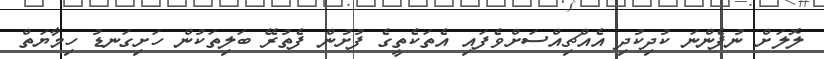
ލޮލަށް ނުފެންނަ ކުދިކުދި އެއްޗިއްސަށްވެފައި އެތަކެތީގެ ފުށުން ފެތުރޭ ބަލިތަކުން ހަށިގަނޑު ހިމާޔަތް